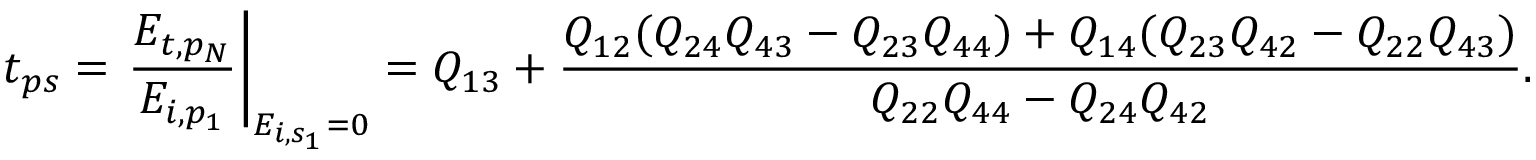
t _ { p s } = \left. \frac { E _ { t , p _ { N } } } { E _ { i , p _ { 1 } } } \right\vert _ { E _ { i , s _ { 1 } } = 0 } = Q _ { 1 3 } + \frac { Q _ { 1 2 } ( Q _ { 2 4 } Q _ { 4 3 } - Q _ { 2 3 } Q _ { 4 4 } ) + Q _ { 1 4 } ( Q _ { 2 3 } Q _ { 4 2 } - Q _ { 2 2 } Q _ { 4 3 } ) } { Q _ { 2 2 } Q _ { 4 4 } - Q _ { 2 4 } Q _ { 4 2 } } .